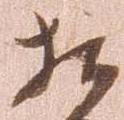
相